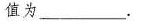
值为___。